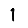
Digit: 1